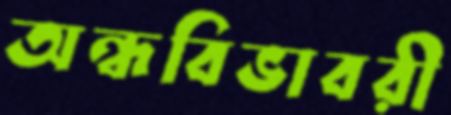
অন্ধবিভাবরী